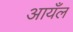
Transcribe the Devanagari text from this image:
आयँल